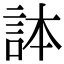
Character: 𧦹